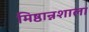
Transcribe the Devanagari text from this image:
मिष्ठान्नशाला